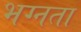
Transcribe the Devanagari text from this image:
भग्नता